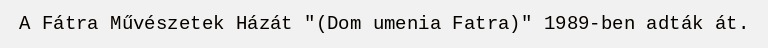
A Fátra Művészetek Házát "(Dom umenia Fatra)" 1989-ben adták át.